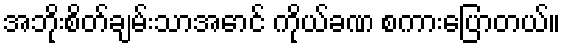
အဘိုးစိတ်ချမ်းသာအောင် ကိုယ်ခဏ စကားပြောတယ်။